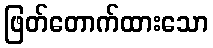
ဖြတ်တောက်ထားသော